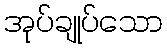
အုပ်ချုပ်သော